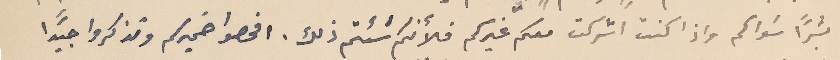
بشرًا سَواكم واذا كنت اشركت معكم غيركم فلأنكم شئتم ذلك. افحصوا ضميركم وتذكروا جيدًا